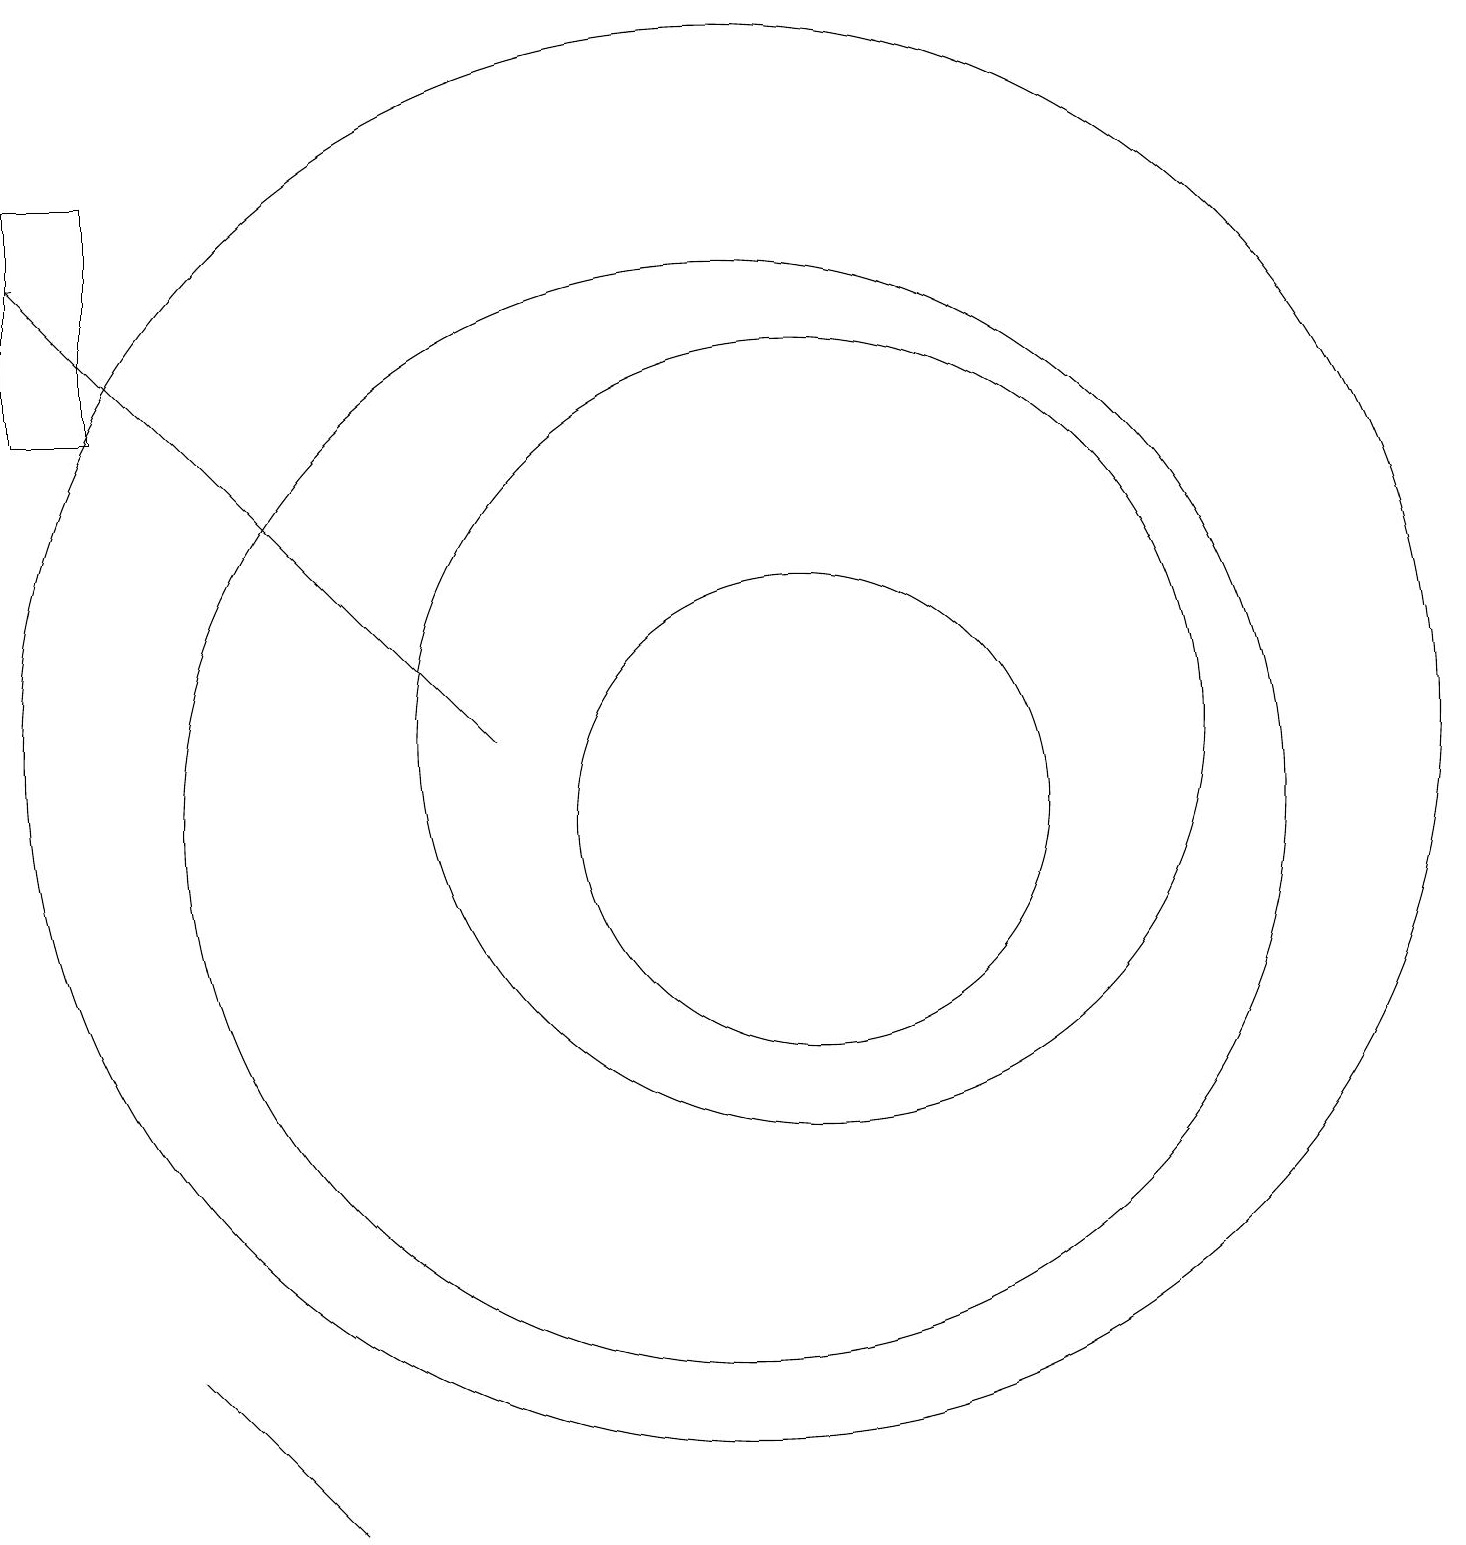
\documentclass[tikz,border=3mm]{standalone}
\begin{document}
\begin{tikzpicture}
\draw (12,12) circle (5);
\draw (4,4) -- (6,2) -- (6,2) -- cycle;
\draw (12,11) circle (3);
\draw (11,11) circle (7);
\draw (2,19) rectangle (3,16);
\draw[->] (8,12) -- (2,18);
\draw (11,12) circle (9);
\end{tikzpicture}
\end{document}